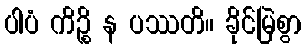
ပါပံ ကိဉ္စိ န ပဿတိ။ ခိုင်မြဲစွာ